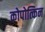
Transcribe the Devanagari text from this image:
कोपोत्किन